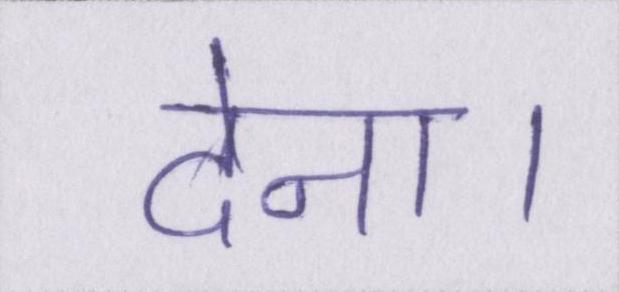
देना।